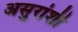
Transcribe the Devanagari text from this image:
असुरांशी